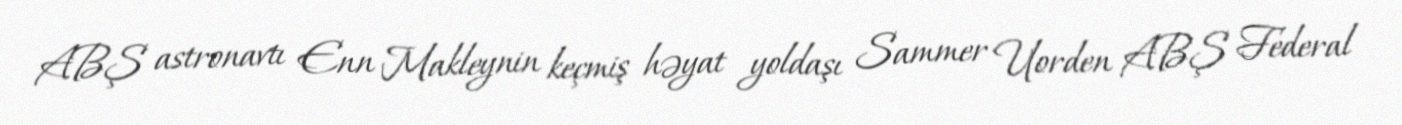
ABŞ astronavtı Enn Makleynin keçmiş həyat yoldaşı Sammer Uorden ABŞ Federal